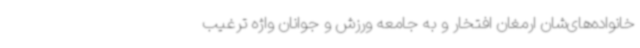
خانواده‌های‌شان ارمغان افتخار و به جامعه ورزش و جوانان واژه ترغیب